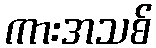
ကားအသစ်